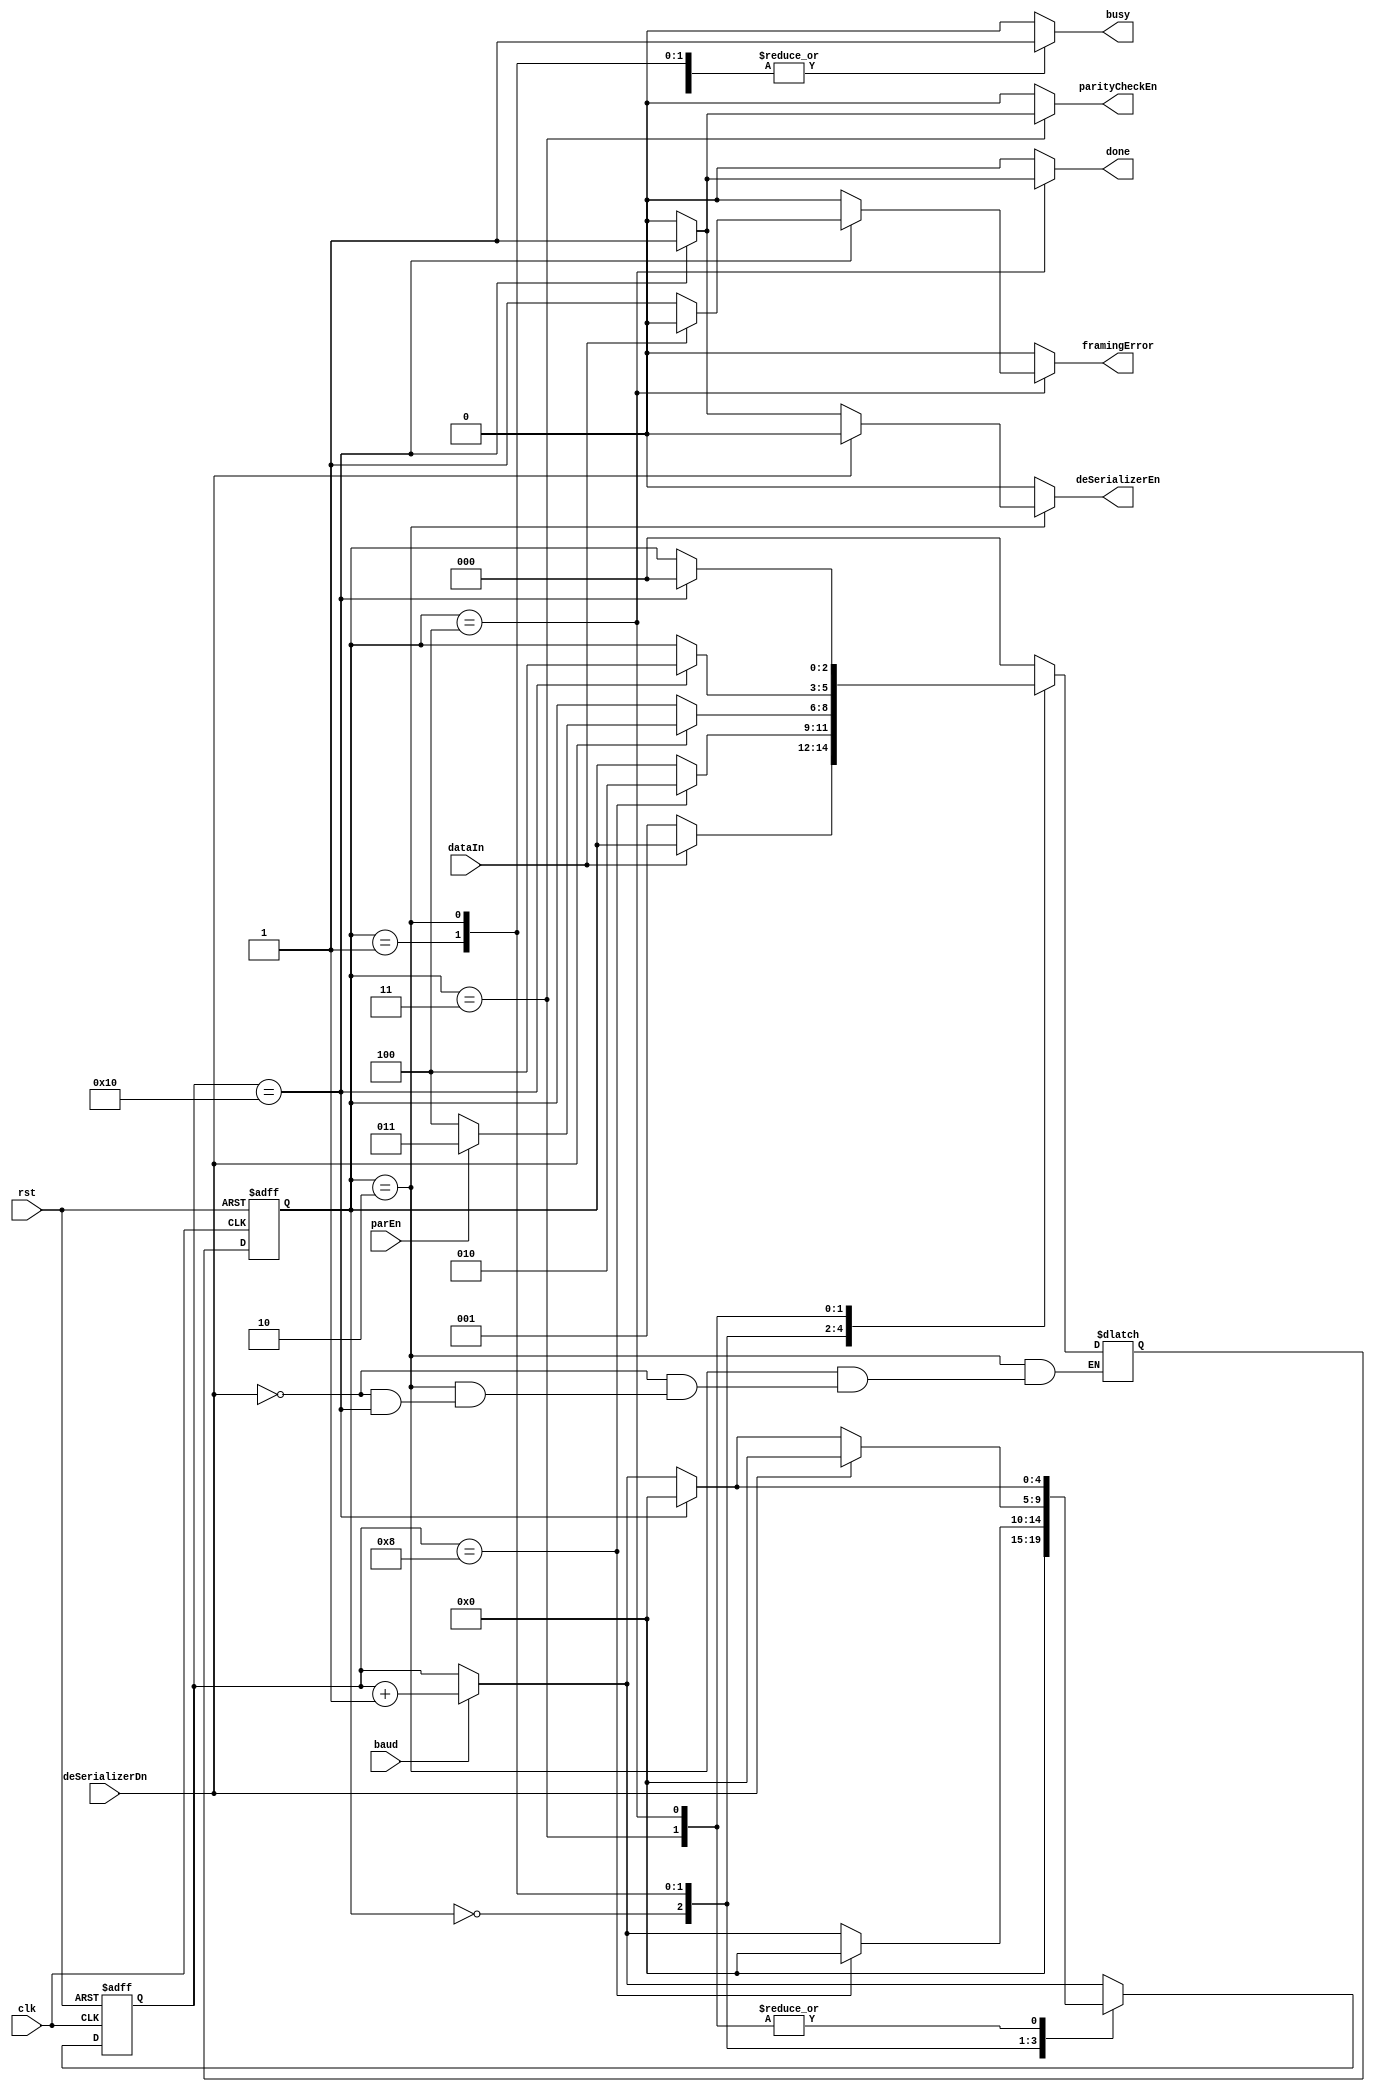
module FSMRX#(parameter OVERSAMPLING = 16)
    (
    input  wire     baud,
    input  wire     deSerializerDn,
    input  wire     parEn,
    input  wire     clk,
    input  wire     rst,
    input  wire     dataIn,
    output reg      deSerializerEn,
    output reg      done,
    output reg      parityCheckEn,
    output reg      busy,
    output reg      framingError
    );
    
    localparam IDLE  = 0,
    START = 1,
    DATA  = 2,
    PARITY = 3,
    STOP    = 4;
    reg [2:0] Current;
    reg [2:0] Next;
    reg [4:0] BAUD_COUNTER;
    reg [4:0] BAUD_COUNTER_Next; 
    always@(posedge clk or negedge rst)
    begin
    if(!rst)
    begin
        Current<=0;
        BAUD_COUNTER<=0;
    end
    else
    begin
        Current<=Next;
        BAUD_COUNTER<= BAUD_COUNTER_Next;
    end
    end

    always @(*) 
    begin
        framingError=0;
        busy=1;
        done=0;
        deSerializerEn= 0;
        parityCheckEn = 0;
        if(baud==1)
            BAUD_COUNTER_Next=BAUD_COUNTER+1;
        else
            BAUD_COUNTER_Next=BAUD_COUNTER;
        
        case(Current)
            IDLE:begin
                busy=0;
                if(!dataIn)
                    Next = START;
                else
                    Next=Current;

                BAUD_COUNTER_Next=0;//starting from 0 to 16 (17)
            end
            START:begin
                if(BAUD_COUNTER==(OVERSAMPLING)/2)
                begin
                    BAUD_COUNTER_Next=0;
                    Next=DATA;
                    //deSerializerEn=1;
                end
                else
                begin
                    //BAUD_COUNTER_Next=BAUD_COUNTER+1;
                    Next=Current;
                    //deSerializerEn=0;
                end
            end
            DATA:begin
                if(deSerializerDn)
                begin
                    //serializerEn=0;
                    BAUD_COUNTER_Next=0;
                    deSerializerEn=0;
                if(parEn)
                begin
                    Next=PARITY;
                    
                end
                else
                    Next=STOP;
                    
                end
            
                else if(BAUD_COUNTER==(OVERSAMPLING))
                begin
                    deSerializerEn=1;
                    BAUD_COUNTER_Next=0;
                end
                else
                begin
                    
                    Next=Current;
                  //BAUD_COUNTER_Next=BAUD_COUNTER+1;

                end
            end
            PARITY:
            begin
                if(BAUD_COUNTER==(OVERSAMPLING))
                begin
                    Next=STOP;
                    BAUD_COUNTER_Next=0;
                    parityCheckEn=1;
                end
                else
                begin
                    Next=Current;
                    //BAUD_COUNTER_Next=BAUD_COUNTER+1;    
                end
            end
            STOP:begin
                if(BAUD_COUNTER==(OVERSAMPLING))
                begin
                    Next=IDLE;
                    done = 1;//will be one for one cycle (and then Current<=Next)
                    //all of these not registered signal are held at their value 
                    //until Current<=Next
                    BAUD_COUNTER_Next=0;
                    if(!dataIn)
                    framingError=1;
                end
                else
                begin
                    Next=Current;
                    //BAUD_COUNTER_Next=BAUD_COUNTER+1;
                end
            end
            default:
            begin
                Next=IDLE;
                busy=0;
                framingError=0;
                done=0;
                //BAUD_COUNTER_Next=BAUD_COUNTER+1;    
            end
        endcase
    end
    


endmodule